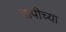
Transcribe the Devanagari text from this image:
वापीच्या